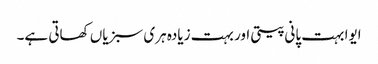
ایوا بہت پانی پیتی اور بہت زیادہ ہری سبزیاں کھاتی ہے۔